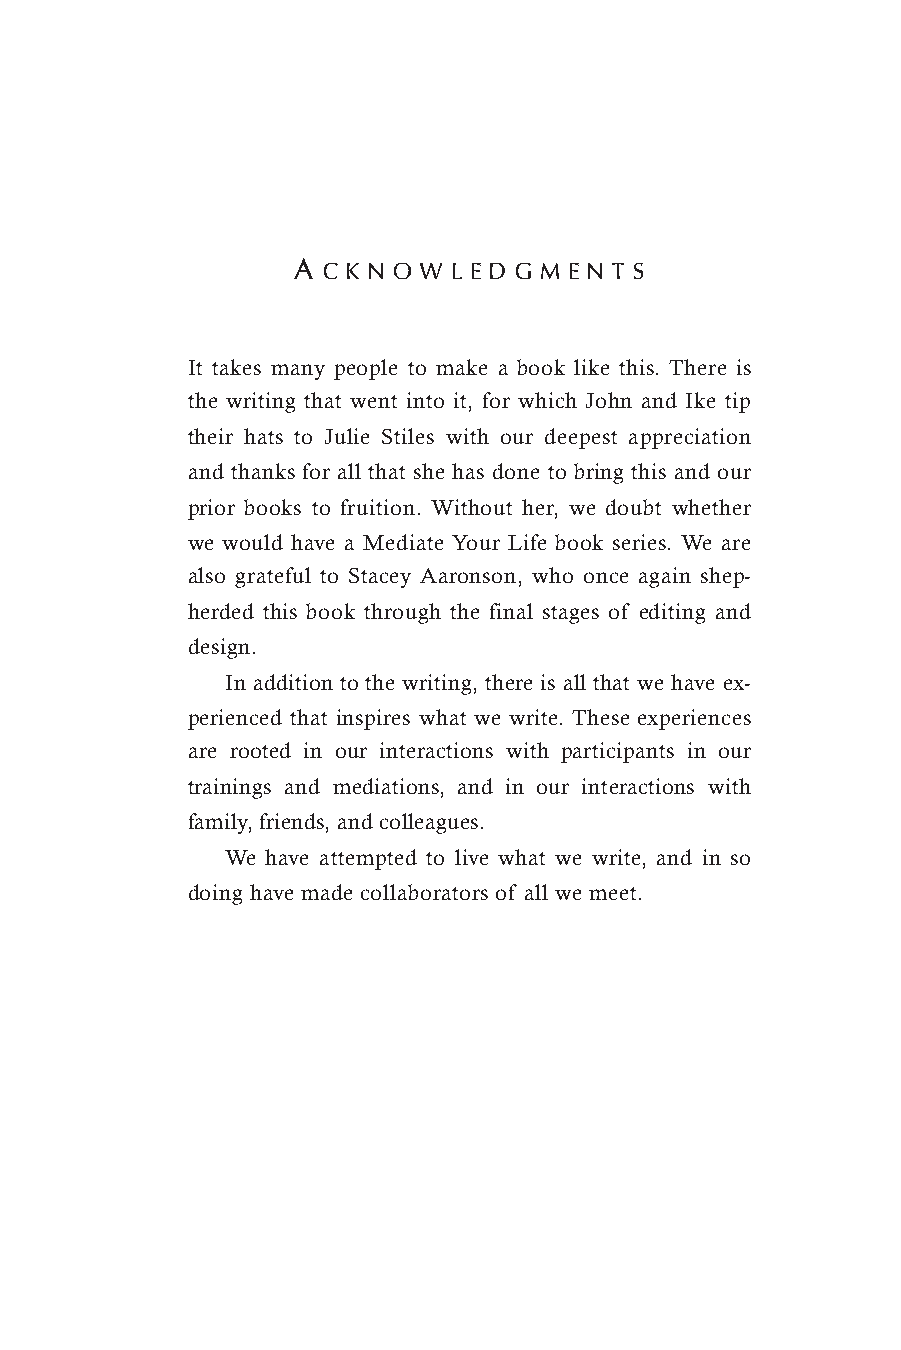
A C K N O W L E D G M E N T S
 It takes many people to make a book like this. There is
 the writing that went into it, for which John and Ike tip
 their hats to Julie Stiles with our deepest appreciation
 and thanks for all that she has done to bring this and our
 prior books to fruition. Without her, we doubt whether
 we would have a Mediate Your Life book series. We are
 also grateful to Stacey Aaronson, who once again shep-
 herded this book through the final stages of editing and
 design.
 In addition to the writing, there is all that we have ex-
 perienced that inspires what we write. These experiences
 are rooted in our interactions with participants in our
 trainings and mediations, and in our interactions with
 family, friends, and colleagues.
 We have attempted to live what we write, and in so
 doing have made collaborators of all we meet.